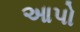
આપો